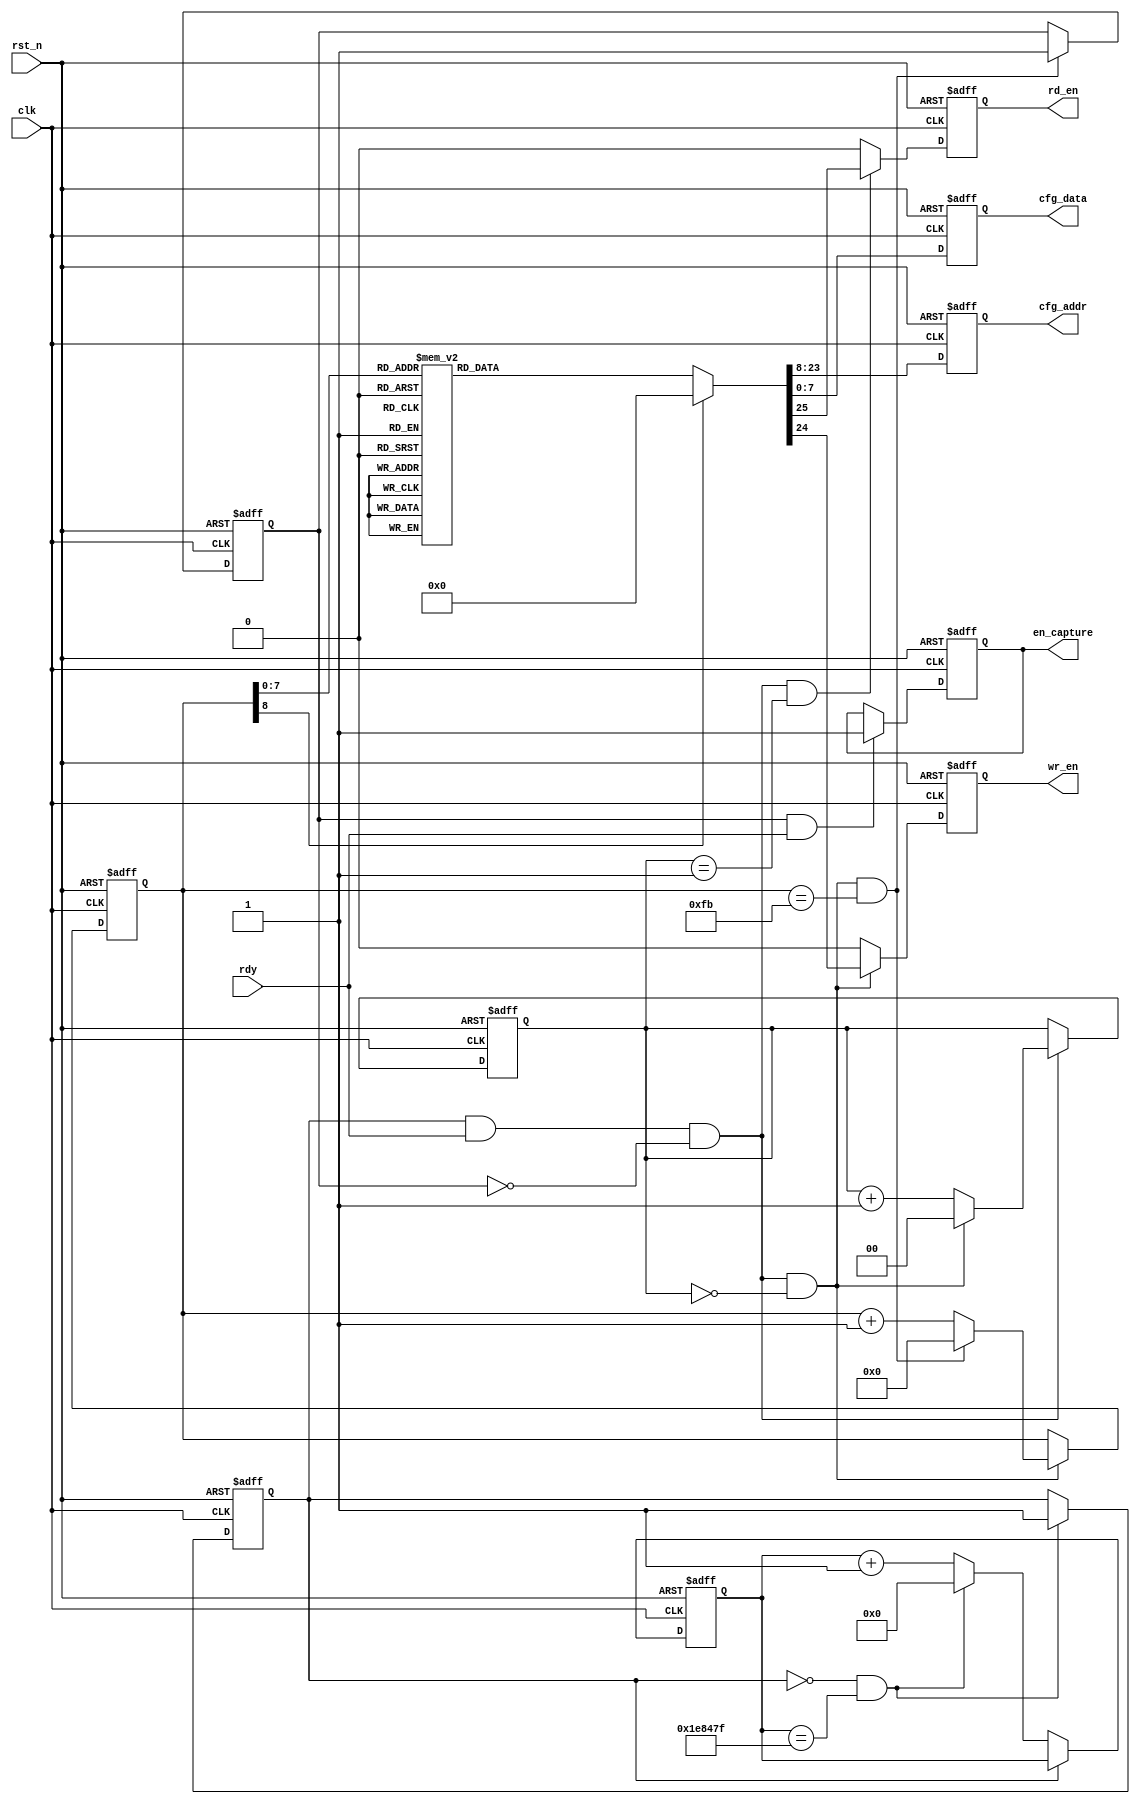
module ov5640_config(
      input                         clk        ,//50M
      input                         rst_n      ,//
      input                         rdy        ,          
      //
      output        reg     [7:0]   cfg_data   ,//
      output        reg     [15:0]  cfg_addr   ,//
      output        reg             en_capture ,// 
      output        reg             wr_en      ,
      output        reg             rd_en      
);

//
    parameter      WAIT_TIME =   2000_000,//40ms
                   RW_CTRL   =   2'b01, //2'b01:  2'b11:
                   RW_NUM    =   (RW_CTRL == 2'b01)?1:2,    //12
                   REG_NUM   =   252;
                  
                                     
//signal define
   
    reg     [1:0]   rw_cnt      ;   // 01
    wire            add_rw_cnt  ;
    wire            end_rw_cnt  ;

    reg     [8:0]   reg_cnt     ;   //
    wire            add_reg_cnt ;
    wire            end_reg_cnt ;
    reg             config_done ;   //

    reg     [20:0]  wait_cnt    ;   //40ms 
    wire            add_wait_cnt;
    wire            end_wait_cnt;
    reg             flag_wait   ;

    reg     [25:0]  lut_data    ;   //

//wait_cnt
    always @(posedge clk or negedge rst_n)begin
        if(!rst_n)begin
            wait_cnt <= 0;
        end
        else if(add_wait_cnt)begin
            if(end_wait_cnt)
                wait_cnt <= 0;
            else
                wait_cnt <= wait_cnt + 1;
        end
    end

    assign add_wait_cnt = flag_wait == 1'b0;       
    assign end_wait_cnt = add_wait_cnt && wait_cnt == WAIT_TIME-1;   

//flag_wait
    always  @(posedge clk or negedge rst_n)begin
        if(!rst_n)begin
            flag_wait <= 1'b0;
        end
        else if(end_wait_cnt)begin
            flag_wait <= 1'b1;  //40ms flag_wait
        end
    end

//rw_cnt
    
    always @(posedge clk or negedge rst_n)begin
        if(!rst_n)begin
            rw_cnt <= 0;
        end
        else if(add_rw_cnt)begin
            if(end_rw_cnt)
                rw_cnt <= 0;
            else
                rw_cnt <= rw_cnt + 1;
        end
    end

    assign add_rw_cnt = flag_wait && rdy && config_done == 1'b0;        //flagrdy
    assign end_rw_cnt = add_rw_cnt && rw_cnt == RW_NUM-1;   

//reg_cnt

    always @(posedge clk or negedge rst_n)begin
        if(!rst_n)begin
            reg_cnt <= 0;
        end
        else if(add_reg_cnt)begin
            if(end_reg_cnt)
                reg_cnt <= 0;
            else
                reg_cnt <= reg_cnt + 1;
        end
    end

    assign add_reg_cnt = end_rw_cnt;     //1   
    assign end_reg_cnt = add_reg_cnt && reg_cnt == REG_NUM-1;   

//cfg_data

    always  @(posedge clk or negedge rst_n)begin
        if(!rst_n)begin
            cfg_data <= 0;
        end
        else begin
            cfg_data <= lut_data[7:0];
        end
    end

//cfg_addr
    
    always  @(posedge clk or negedge rst_n)begin
        if(!rst_n)begin
            cfg_addr <= 0;
        end
        else begin
            cfg_addr <= lut_data[23:8];
        end
    end

//config_done
    always  @(posedge clk or negedge rst_n)begin
        if(!rst_n)begin
            config_done <= 1'b0;
        end
        else if(end_reg_cnt)begin
            config_done <= 1'b1;
        end
    end

//en_capture
    
    always  @(posedge clk or negedge rst_n)begin
        if(!rst_n)begin
            en_capture <= 1'b0;
        end
        else if(config_done && rdy)begin
            en_capture <= 1'b1;
        end
    end

//wr_en

    always  @(posedge clk or negedge rst_n)begin
        if(!rst_n)begin
            wr_en <= 1'b0;
        end
        else if(add_rw_cnt && rw_cnt == 1-1)begin
            wr_en <= lut_data[24];
        end
        else begin 
            wr_en <= 1'b0;
        end 
    end

//rd_en
    
    always  @(posedge clk or negedge rst_n)begin
        if(!rst_n)begin
            rd_en <= 1'b0;
        end
        else if(add_rw_cnt && rw_cnt == 2-1)begin
            rd_en <= lut_data[25];
        end
        else begin
            rd_en <= 1'b0;
        end
    end

//lut_data

    always@(*)begin
	    case(reg_cnt)			  
		 //30fps VGA YUV output
		 // 24MHz input clock, 84MHz PCLK

		 0  :   	 lut_data	= 	{RW_CTRL,24'h3103_11}; // system clock from pad, bit[1]
		 1  :   	 lut_data	= 	{RW_CTRL,24'h3008_82}; // software reset, bit[7]
		 2  :   	 lut_data	= 	{RW_CTRL,24'h3008_42}; // software power down, bit[6]
		 3  :   	 lut_data	= 	{RW_CTRL,24'h3103_03}; // system clock from PLL, bit[1]
		 4  :   	 lut_data	= 	{RW_CTRL,24'h3017_ff}; // FREX, Vsync, HREF, PCLK, D[9:6] output enable
		 5  :   	 lut_data	= 	{RW_CTRL,24'h3018_ff}; // D[5:0], GPIO[1:0] output enable
		 6  :   	 lut_data	= 	{RW_CTRL,24'h3034_1a}; // MIPI 10-bit
		 7  :   	 lut_data	= 	{RW_CTRL,24'h3037_13}; // PLL root divider, bit[4], PLL pre-divider, bit[3:0]
		 8  :   	 lut_data	= 	{RW_CTRL,24'h3108_01}; // PCLK root divider, bit[5:4], SCLK2x root divider, bit[3:2]
		 9  :   	 lut_data	= 	{RW_CTRL,24'h3630_36};// SCLK root divider, bit[1:0]
		 10 :   	 lut_data	= 	{RW_CTRL,24'h3631_0e};
		 11 :   	 lut_data	= 	{RW_CTRL,24'h3632_e2};
		 12 :   	 lut_data	= 	{RW_CTRL,24'h3633_12};
		 13 :   	 lut_data	= 	{RW_CTRL,24'h3621_e0};
		 14 :   	 lut_data	= 	{RW_CTRL,24'h3704_a0};
		 15 :   	 lut_data	= 	{RW_CTRL,24'h3703_5a};
		 16 :   	 lut_data	= 	{RW_CTRL,24'h3715_78};
		 17 :   	 lut_data	= 	{RW_CTRL,24'h3717_01};
		 18 :   	 lut_data	= 	{RW_CTRL,24'h370b_60};
		 19 :   	 lut_data	= 	{RW_CTRL,24'h3705_1a};
		 20 :   	 lut_data	= 	{RW_CTRL,24'h3905_02};
		 21 :   	 lut_data	= 	{RW_CTRL,24'h3906_10};
		 22 :   	 lut_data	= 	{RW_CTRL,24'h3901_0a};
		 23 :   	 lut_data	= 	{RW_CTRL,24'h3731_12};
		 24 :   	 lut_data	= 	{RW_CTRL,24'h3600_08}; // VCM control
		 25 :   	 lut_data	= 	{RW_CTRL,24'h3601_33}; // VCM control
		 26 :   	 lut_data	= 	{RW_CTRL,24'h302d_60}; // system control
		 27 :   	 lut_data	= 	{RW_CTRL,24'h3620_52};
		 28 :   	 lut_data	= 	{RW_CTRL,24'h371b_20};
		 29 :   	 lut_data	= 	{RW_CTRL,24'h471c_50};
		 30 :   	 lut_data	= 	{RW_CTRL,24'h3a13_43}; // pre-gain = 1.047x
		 31 :   	 lut_data	= 	{RW_CTRL,24'h3a18_00}; // gain ceiling
		 32 :   	 lut_data	= 	{RW_CTRL,24'h3a19_f8}; // gain ceiling = 15.5x
		 33 :   	 lut_data	= 	{RW_CTRL,24'h3635_13};
		 34 :   	 lut_data	= 	{RW_CTRL,24'h3636_03};
		 35 :   	 lut_data	= 	{RW_CTRL,24'h3634_40};
		 36 :   	 lut_data	= 	{RW_CTRL,24'h3622_01};
		// 50/60Hz detection 50/60Hz 
		 37 :   	 lut_data	= 	{RW_CTRL,24'h3c01_34}; // Band auto, bit[7]
		 38 :   	 lut_data	= 	{RW_CTRL,24'h3c04_28}; // threshold low sum
		 39 :   	 lut_data	= 	{RW_CTRL,24'h3c05_98}; // threshold high sum
		 40 :   	 lut_data	= 	{RW_CTRL,24'h3c06_00}; // light meter 1 threshold[15:8]
		 41 :   	 lut_data	= 	{RW_CTRL,24'h3c07_08}; // light meter 1 threshold[7:0]
		 42 :   	 lut_data	= 	{RW_CTRL,24'h3c08_00}; // light meter 2 threshold[15:8]
		 43 :   	 lut_data	= 	{RW_CTRL,24'h3c09_1c}; // light meter 2 threshold[7:0]
		 44 :   	 lut_data	= 	{RW_CTRL,24'h3c0a_9c}; // sample number[15:8]
		 45 :   	 lut_data	= 	{RW_CTRL,24'h3c0b_40}; // sample number[7:0]
		 46 :   	 lut_data	= 	{RW_CTRL,24'h3810_00}; // Timing Hoffset[11:8]
		 47 :   	 lut_data	= 	{RW_CTRL,24'h3811_10}; // Timing Hoffset[7:0]
		 48 :   	 lut_data	= 	{RW_CTRL,24'h3812_00}; // Timing Voffset[10:8]
		 49 :   	 lut_data	= 	{RW_CTRL,24'h3708_64};
		 50 :   	 lut_data	= 	{RW_CTRL,24'h4001_02}; // BLC start from line 2
		 51 :   	 lut_data	= 	{RW_CTRL,24'h4005_1a}; // BLC always update
		 52 :   	 lut_data	= 	{RW_CTRL,24'h3000_00}; // enable blocks
		 53 :   	 lut_data	= 	{RW_CTRL,24'h3004_ff}; // enable clocks
		 54 :   	 lut_data	= 	{RW_CTRL,24'h300e_58}; // MIPI power down, DVP enable
		 55 :   	 lut_data	= 	{RW_CTRL,24'h302e_00};
		 56 :   	 lut_data	= 	{RW_CTRL,24'h4300_61}; // RGB,
		 57 :   	 lut_data	= 	{RW_CTRL,24'h501f_01}; // ISP RGB
		 58 :   	 lut_data	= 	{RW_CTRL,24'h440e_00};
		 59 :   	 lut_data	= 	{RW_CTRL,24'h5000_a7}; // Lenc on, raw gamma on, BPC on, WPC on, CIP on
		// AEC target 
		 60 :   	 lut_data	= 	{RW_CTRL,24'h3a0f_30}; // stable range in high
		 61 :   	 lut_data	= 	{RW_CTRL,24'h3a10_28}; // stable range in low
		 62 :   	 lut_data	= 	{RW_CTRL,24'h3a1b_30}; // stable range out high
		 63 :   	 lut_data	= 	{RW_CTRL,24'h3a1e_26}; // stable range out low
		 64 :   	 lut_data	= 	{RW_CTRL,24'h3a11_60}; // fast zone high
		 65 :   	 lut_data	= 	{RW_CTRL,24'h3a1f_14}; // fast zone low
		// Lens correction for ? 
		 66 :   	 lut_data	= 	{RW_CTRL,24'h5800_23};
		 67 :   	 lut_data	= 	{RW_CTRL,24'h5801_14};
		 68 :   	 lut_data	= 	{RW_CTRL,24'h5802_0f};
		 69 :   	 lut_data	= 	{RW_CTRL,24'h5803_0f};
		 70 :   	 lut_data	= 	{RW_CTRL,24'h5804_12};
		 71 :   	 lut_data	= 	{RW_CTRL,24'h5805_26};
		 72 :   	 lut_data	= 	{RW_CTRL,24'h5806_0c};
		 73 :   	 lut_data	= 	{RW_CTRL,24'h5807_08};
		 74 :   	 lut_data	= 	{RW_CTRL,24'h5808_05};
		 75 :   	 lut_data	= 	{RW_CTRL,24'h5809_05};
		 76 :   	 lut_data	= 	{RW_CTRL,24'h580a_08};
		 77 :   	 lut_data	= 	{RW_CTRL,24'h580b_0d};
		 78 :   	 lut_data	= 	{RW_CTRL,24'h580c_08};
		 79 :   	 lut_data	= 	{RW_CTRL,24'h580d_03};
		 80 :   	 lut_data	= 	{RW_CTRL,24'h580e_00};
		 81 :   	 lut_data	= 	{RW_CTRL,24'h580f_00};
		 82 :   	 lut_data	= 	{RW_CTRL,24'h5810_03};
		 83 :   	 lut_data	= 	{RW_CTRL,24'h5811_09};
		 84 :   	 lut_data	= 	{RW_CTRL,24'h5812_07};
		 85 :   	 lut_data	= 	{RW_CTRL,24'h5813_03};
		 86 :   	 lut_data	= 	{RW_CTRL,24'h5814_00};
		 87 :   	 lut_data	= 	{RW_CTRL,24'h5815_01};
		 88 :   	 lut_data	= 	{RW_CTRL,24'h5816_03};
		 89 :   	 lut_data	= 	{RW_CTRL,24'h5817_08};
		 90 :   	 lut_data	= 	{RW_CTRL,24'h5818_0d};
		 91 :   	 lut_data	= 	{RW_CTRL,24'h5819_08};
		 92 :   	 lut_data	= 	{RW_CTRL,24'h581a_05};
		 93 :   	 lut_data	= 	{RW_CTRL,24'h581b_06};
		 94 :   	 lut_data	= 	{RW_CTRL,24'h581c_08};
		 95 :   	 lut_data	= 	{RW_CTRL,24'h581d_0e};
		 96 :   	 lut_data	= 	{RW_CTRL,24'h581e_29};
		 97 :   	 lut_data	= 	{RW_CTRL,24'h581f_17};
		 98 :   	 lut_data	= 	{RW_CTRL,24'h5820_11};
		 99 :   	 lut_data	= 	{RW_CTRL,24'h5821_11};
		 100:   	 lut_data	= 	{RW_CTRL,24'h5822_15};
		 101:   	 lut_data	= 	{RW_CTRL,24'h5823_28};
		 102:   	 lut_data	= 	{RW_CTRL,24'h5824_46};
		 103:   	 lut_data	= 	{RW_CTRL,24'h5825_26};
		 104:   	 lut_data	= 	{RW_CTRL,24'h5826_08};
		 105:   	 lut_data	= 	{RW_CTRL,24'h5827_26};
		 106:   	 lut_data	= 	{RW_CTRL,24'h5828_64};
		 107:   	 lut_data	= 	{RW_CTRL,24'h5829_26};
		 108:   	 lut_data	= 	{RW_CTRL,24'h582a_24};
		 109:   	 lut_data	= 	{RW_CTRL,24'h582b_22};
		 110:   	 lut_data	= 	{RW_CTRL,24'h582c_24};
		 111:   	 lut_data	= 	{RW_CTRL,24'h582d_24};
		 112:   	 lut_data	= 	{RW_CTRL,24'h582e_06};
		 113:   	 lut_data	= 	{RW_CTRL,24'h582f_22};
		 114:   	 lut_data	= 	{RW_CTRL,24'h5830_40};
		 115:   	 lut_data	= 	{RW_CTRL,24'h5831_42};
		 116:   	 lut_data	= 	{RW_CTRL,24'h5832_24};
		 117:   	 lut_data	= 	{RW_CTRL,24'h5833_26};
		 118:   	 lut_data	= 	{RW_CTRL,24'h5834_24};
		 119:   	 lut_data	= 	{RW_CTRL,24'h5835_22};
		 120:   	 lut_data	= 	{RW_CTRL,24'h5836_22};
		 121:   	 lut_data	= 	{RW_CTRL,24'h5837_26};
		 122:   	 lut_data	= 	{RW_CTRL,24'h5838_44};
		 123:   	 lut_data	= 	{RW_CTRL,24'h5839_24};
		 124:   	 lut_data	= 	{RW_CTRL,24'h583a_26};
		 125:   	 lut_data	= 	{RW_CTRL,24'h583b_28};
		 126:   	 lut_data	= 	{RW_CTRL,24'h583c_42};
		 127:   	 lut_data	= 	{RW_CTRL,24'h583d_ce}; // lenc BR offset
		// AWB 
		 128:   	 lut_data	= 	{RW_CTRL,24'h5180_ff}; // AWB B block
		 129:   	 lut_data	= 	{RW_CTRL,24'h5181_f2}; // AWB control
		 130:   	 lut_data	= 	{RW_CTRL,24'h5182_00}; // [7:4] max local counter, [3:0] max fast counter
		 131:   	 lut_data	= 	{RW_CTRL,24'h5183_14}; // AWB advanced
		 132:   	 lut_data	= 	{RW_CTRL,24'h5184_25};
		 133:   	 lut_data	= 	{RW_CTRL,24'h5185_24};
		 134:   	 lut_data	= 	{RW_CTRL,24'h5186_09};
		 135:   	 lut_data	= 	{RW_CTRL,24'h5187_09};
		 136:   	 lut_data	= 	{RW_CTRL,24'h5188_09};
		 137:   	 lut_data	= 	{RW_CTRL,24'h5189_75};
		 138:   	 lut_data	= 	{RW_CTRL,24'h518a_54};
		 139:   	 lut_data	= 	{RW_CTRL,24'h518b_e0};
		 140:   	 lut_data	= 	{RW_CTRL,24'h518c_b2};
		 141:   	 lut_data	= 	{RW_CTRL,24'h518d_42};
		 142:   	 lut_data	= 	{RW_CTRL,24'h518e_3d};
		 143:   	 lut_data	= 	{RW_CTRL,24'h518f_56};
		 144:   	 lut_data	= 	{RW_CTRL,24'h5190_46};
		 145:   	 lut_data	= 	{RW_CTRL,24'h5191_f8}; // AWB top limit
		 146:   	 lut_data	= 	{RW_CTRL,24'h5192_04}; // AWB bottom limit
		 147:   	 lut_data	= 	{RW_CTRL,24'h5193_70}; // red limit
		 148:   	 lut_data	= 	{RW_CTRL,24'h5194_f0}; // green limit
		 149:   	 lut_data	= 	{RW_CTRL,24'h5195_f0}; // blue limit
		 150:   	 lut_data	= 	{RW_CTRL,24'h5196_03}; // AWB control
		 151:   	 lut_data	= 	{RW_CTRL,24'h5197_01}; // local limit
		 152:   	 lut_data	= 	{RW_CTRL,24'h5198_04};
		 153:   	 lut_data	= 	{RW_CTRL,24'h5199_12};
		 154:   	 lut_data	= 	{RW_CTRL,24'h519a_04};
		 155:   	 lut_data	= 	{RW_CTRL,24'h519b_00};
		 156:   	 lut_data	= 	{RW_CTRL,24'h519c_06};
		 157:   	 lut_data	= 	{RW_CTRL,24'h519d_82};
		 158:   	 lut_data	= 	{RW_CTRL,24'h519e_38}; // AWB control
		// Gamma 
		 159:   	 lut_data	= 	{RW_CTRL,24'h5480_01}; // Gamma bias plus on, bit[0]
		 160:   	 lut_data	= 	{RW_CTRL,24'h5481_08};
		 161:   	 lut_data	= 	{RW_CTRL,24'h5482_14};
		 162:   	 lut_data	= 	{RW_CTRL,24'h5483_28};
		 163:   	 lut_data	= 	{RW_CTRL,24'h5484_51};
		 164:   	 lut_data	= 	{RW_CTRL,24'h5485_65};
		 165:   	 lut_data	= 	{RW_CTRL,24'h5486_71};
		 166:   	 lut_data	= 	{RW_CTRL,24'h5487_7d};
		 167:   	 lut_data	= 	{RW_CTRL,24'h5488_87};
		 168:   	 lut_data	= 	{RW_CTRL,24'h5489_91};
		 169:   	 lut_data	= 	{RW_CTRL,24'h548a_9a};
		 170:   	 lut_data	= 	{RW_CTRL,24'h548b_aa};
		 171:   	 lut_data	= 	{RW_CTRL,24'h548c_b8};
		 172:   	 lut_data	= 	{RW_CTRL,24'h548d_cd};
		 173:   	 lut_data	= 	{RW_CTRL,24'h548e_dd};
		 174:   	 lut_data	= 	{RW_CTRL,24'h548f_ea};
		 175:   	 lut_data	= 	{RW_CTRL,24'h5490_1d};
		// color matrix 
		 176:   	 lut_data	= 	{RW_CTRL,24'h5381_1e}; // CMX1 for Y
		 177:   	 lut_data	= 	{RW_CTRL,24'h5382_5b}; // CMX2 for Y
		 178:   	 lut_data	= 	{RW_CTRL,24'h5383_08}; // CMX3 for Y
		 179:   	 lut_data	= 	{RW_CTRL,24'h5384_0a}; // CMX4 for U
		 180:   	 lut_data	= 	{RW_CTRL,24'h5385_7e}; // CMX5 for U
		 181:   	 lut_data	= 	{RW_CTRL,24'h5386_88}; // CMX6 for U
		 182:   	 lut_data	= 	{RW_CTRL,24'h5387_7c}; // CMX7 for V
		 183:   	 lut_data	= 	{RW_CTRL,24'h5388_6c}; // CMX8 for V
		 184:   	 lut_data	= 	{RW_CTRL,24'h5389_10}; // CMX9 for V
		 185:   	 lut_data	= 	{RW_CTRL,24'h538a_01}; // sign[9]
		 186:   	 lut_data	= 	{RW_CTRL,24'h538b_98}; // sign[8:1]
		// UV adjust UV 
		 187:   	 lut_data	= 	{RW_CTRL,24'h5580_06}; // saturation on, bit[1]
		 188:   	 lut_data	= 	{RW_CTRL,24'h5583_40};
		 189:   	 lut_data	= 	{RW_CTRL,24'h5584_10};
		 190:   	 lut_data	= 	{RW_CTRL,24'h5589_10};
		 191:   	 lut_data	= 	{RW_CTRL,24'h558a_00};
		 192:   	 lut_data	= 	{RW_CTRL,24'h558b_f8};
		 193:   	 lut_data	= 	{RW_CTRL,24'h501d_40}; // enable manual offset of contrast
		// CIP 
		 194:   	 lut_data	= 	{RW_CTRL,24'h5300_08}; // CIP sharpen MT threshold 1
		 195:   	 lut_data	= 	{RW_CTRL,24'h5301_30}; // CIP sharpen MT threshold 2
		 196:   	 lut_data	= 	{RW_CTRL,24'h5302_10}; // CIP sharpen MT offset 1
		 197:   	 lut_data	= 	{RW_CTRL,24'h5303_00}; // CIP sharpen MT offset 2
		 198:   	 lut_data	= 	{RW_CTRL,24'h5304_08}; // CIP DNS threshold 1
		 199:   	 lut_data	= 	{RW_CTRL,24'h5305_30}; // CIP DNS threshold 2
		 200:   	 lut_data	= 	{RW_CTRL,24'h5306_08}; // CIP DNS offset 1
		 201:   	 lut_data	= 	{RW_CTRL,24'h5307_16}; // CIP DNS offset 2
		 202:   	 lut_data	= 	{RW_CTRL,24'h5309_08}; // CIP sharpen TH threshold 1
		 203:   	 lut_data	= 	{RW_CTRL,24'h530a_30}; // CIP sharpen TH threshold 2
		 204:   	 lut_data	= 	{RW_CTRL,24'h530b_04}; // CIP sharpen TH offset 1
		 205:   	 lut_data	= 	{RW_CTRL,24'h530c_06}; // CIP sharpen TH offset 2
		 206:   	 lut_data	= 	{RW_CTRL,24'h5025_00};
		 207:   	 lut_data	= 	{RW_CTRL,24'h3008_02}; // wake up from standby, bit[6]
        // 128{RW_CTRL,24'h720, 30fps
		// input clock 24Mhz, PCLK 84Mhz
		 208:   	 lut_data	= 	{RW_CTRL,24'h3035_21}; // PLL
		 209:   	 lut_data	= 	{RW_CTRL,24'h3036_69}; // PLL
		 210:   	 lut_data	= 	{RW_CTRL,24'h3c07_07}; // lightmeter 1 threshold[7:0]
		 211:   	 lut_data	= 	{RW_CTRL,24'h3820_47}; // flip
		 212:   	 lut_data	= 	{RW_CTRL,24'h3821_01}; // no mirror
		 213:   	 lut_data	= 	{RW_CTRL,24'h3814_31}; // timing X inc
		 214:   	 lut_data	= 	{RW_CTRL,24'h3815_31}; // timing Y inc
		 215:   	 lut_data	= 	{RW_CTRL,24'h3800_00}; // HS
		 216:   	 lut_data	= 	{RW_CTRL,24'h3801_00}; // HS
		 217:   	 lut_data	= 	{RW_CTRL,24'h3802_00}; // VS
		 218:   	 lut_data	= 	{RW_CTRL,24'h3803_fa}; // VS
		 219:   	 lut_data	= 	{RW_CTRL,24'h3804_0a}; // HW  :   	 lut_data	= 	HE}
		 220:   	 lut_data	= 	{RW_CTRL,24'h3805_3f}; // HW  :   	 lut_data	= 	HE}
		 221:   	 lut_data	= 	{RW_CTRL,24'h3806_06}; // VH  :   	 lut_data	= 	VE}
		 222:   	 lut_data	= 	{RW_CTRL,24'h3807_a9}; // VH  :   	 lut_data	= 	VE}
		 223:   	 lut_data	= 	{RW_CTRL,24'h3808_05}; // DVPHO 1280
		 224:   	 lut_data	= 	{RW_CTRL,24'h3809_00}; // DVPHO
		 225:   	 lut_data	= 	{RW_CTRL,24'h380a_02}; // DVPVO 720
		 226:   	 lut_data	= 	{RW_CTRL,24'h380b_d0}; // DVPVO
		 227:   	 lut_data	= 	{RW_CTRL,24'h380c_07}; // HTS
		 228:   	 lut_data	= 	{RW_CTRL,24'h380d_64}; // HTS     1892
		 229:   	 lut_data	= 	{RW_CTRL,24'h380e_02}; // VTS
		 230:   	 lut_data	= 	{RW_CTRL,24'h380f_e4}; // VTS     740
		 231:   	 lut_data	= 	{RW_CTRL,24'h3813_04}; // timing V offset
		 232:   	 lut_data	= 	{RW_CTRL,24'h3618_00};
		 233:   	 lut_data	= 	{RW_CTRL,24'h3612_29};
		 234:   	 lut_data	= 	{RW_CTRL,24'h3709_52};
		 235:   	 lut_data	= 	{RW_CTRL,24'h370c_03};
		 236:   	 lut_data	= 	{RW_CTRL,24'h3a02_02}; // 60Hz max exposure
		 237:   	 lut_data	= 	{RW_CTRL,24'h3a03_e0}; // 60Hz max exposure
		 238:   	 lut_data	= 	{RW_CTRL,24'h3a14_02}; // 50Hz max exposure
		 239:   	 lut_data	= 	{RW_CTRL,24'h3a15_e0}; // 50Hz max exposure
		 240:   	 lut_data	= 	{RW_CTRL,24'h4004_02}; // BLC line number
		 241:   	 lut_data	= 	{RW_CTRL,24'h3002_1c}; // reset JFIFO, SFIFO, JPG
		 242:   	 lut_data	= 	{RW_CTRL,24'h3006_c3}; // disable clock of JPEG2x, JPEG
		 243:   	 lut_data	= 	{RW_CTRL,24'h4713_03}; // JPEG mode 3
		 244:   	 lut_data	= 	{RW_CTRL,24'h4407_04}; // Quantization scale
		 245:   	 lut_data	= 	{RW_CTRL,24'h460b_37};
		 246:   	 lut_data	= 	{RW_CTRL,24'h460c_20};
		 247:   	 lut_data	= 	{RW_CTRL,24'h4837_16}; // MIPI global timing
		 248:   	 lut_data	= 	{RW_CTRL,24'h3824_04}; // PCLK manual divider
		 249:   	 lut_data	= 	{RW_CTRL,24'h5001_83}; // SDE on, CMX on, AWB on
		 250:   	 lut_data	= 	{RW_CTRL,24'h3503_00}; // AEC/AGC on                  
		 251:   	 lut_data	= 	{RW_CTRL,24'h4740_20}; // VS 1
		 //252:   	 lut_data	= 	{RW_CTRL,24'h503d_80}; // color bar
		 //253:   	 lut_data	= 	{RW_CTRL,24'h4741_00}; //
		default	:	 lut_data	=	0;
	    endcase
    end
   
endmodule